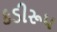
કડીરૂપ